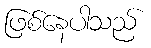
ဖြစ်နေပါသည်